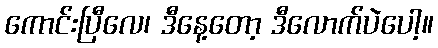
ကောင်းပြီလေ၊ ဒီနေ့တော့ ဒီလောက်ပဲပေါ့။